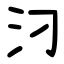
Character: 汈